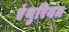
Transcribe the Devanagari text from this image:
एंथुरियम